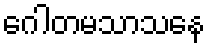
ဂေါတမသာသနေ